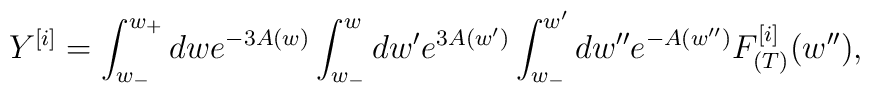
Y^{[i]} = \int_{w_-}^{w_+}dwe^{-3A(w)}\int_{w_-}^wdw'e^{3A(w')}  \int_{w_-}^{w'}dw''e^{-A(w'')}F_{(T)}^{[i]}(w''),